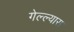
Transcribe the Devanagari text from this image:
गेल्ल्यास